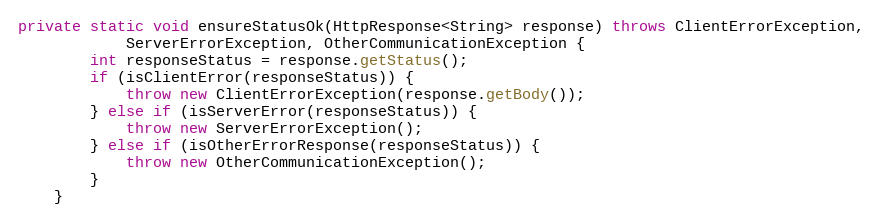
Language: Java
private static void ensureStatusOk(HttpResponse<String> response) throws ClientErrorException,
            ServerErrorException, OtherCommunicationException {
        int responseStatus = response.getStatus();
        if (isClientError(responseStatus)) {
            throw new ClientErrorException(response.getBody());
        } else if (isServerError(responseStatus)) {
            throw new ServerErrorException();
        } else if (isOtherErrorResponse(responseStatus)) {
            throw new OtherCommunicationException();
        }
    }